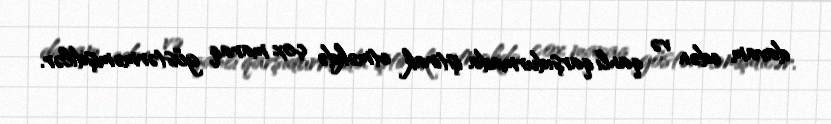
davam edən və qanlı qarşıdurmada iştirak etməkdə çox maraq göstərməmişdilər.